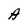
Character: A